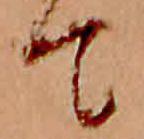
て